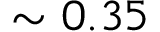
\sim { 0 . 3 5 }